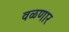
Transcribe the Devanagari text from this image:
वळणार